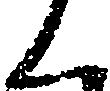
く